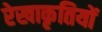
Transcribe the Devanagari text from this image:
रेखाकृतियों